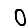
Digit: 0